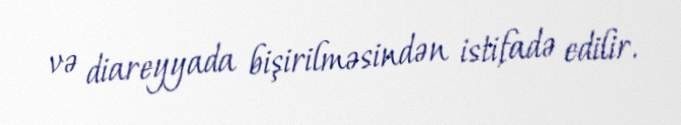
və diareyyada bişirilməsindən istifadə edilir.